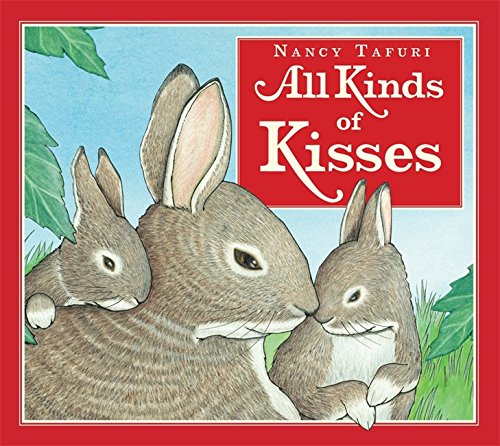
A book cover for All Kinds of Kisses; Children's Books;